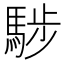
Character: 𩣝